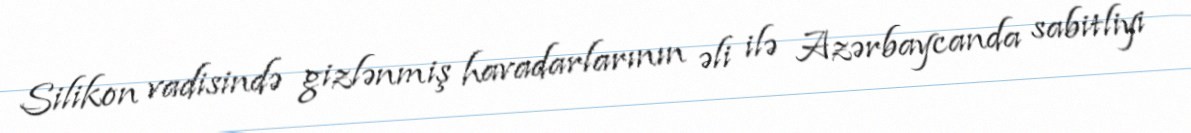
Silikon vadisində gizlənmiş havadarlarının əli ilə Azərbaycanda sabitliyi